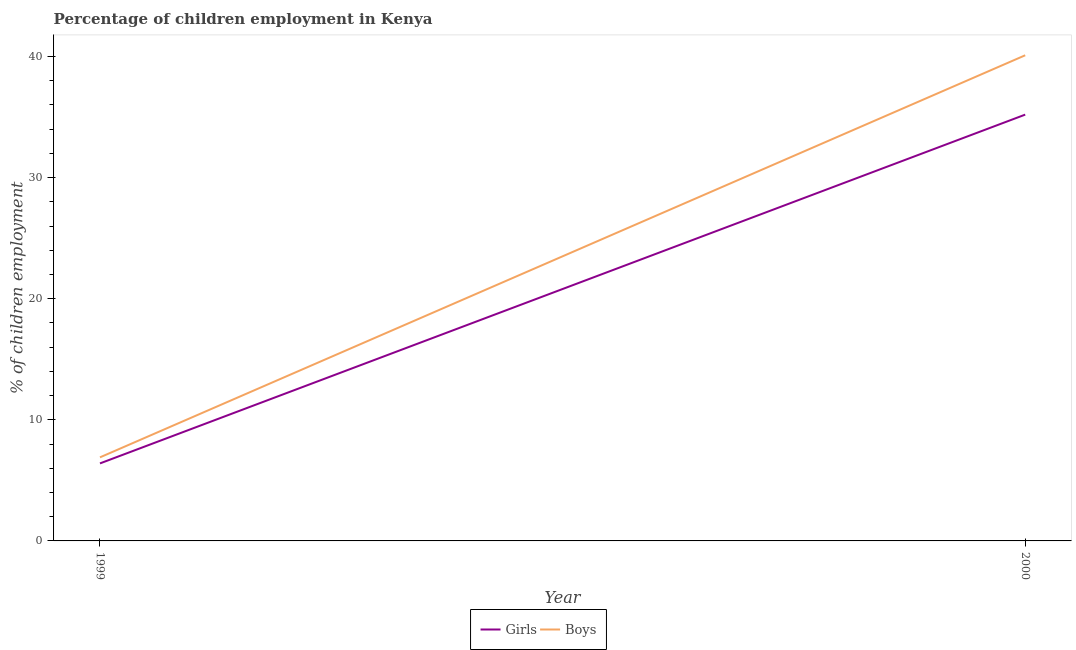
| Year | Girls | Boys |
 | --- | --- | --- |
 | 1999 | 6.4 | 6.9 |
 | 2000 | 35.2 | 40.1 |